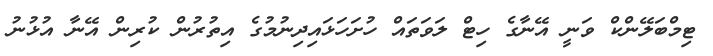
ޓިމްބަލޭންކް ވަނީ އޭނާގެ ހިޓް ލަވަތައް ހުށަހަޅައިދިނުމުގެ އިތުރުން ކުރިން އޭނާ އުޅުނު